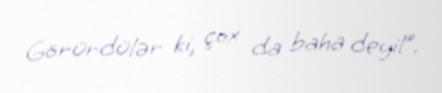
Görürdülər ki, çox da baha deyil”.